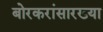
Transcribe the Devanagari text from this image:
बोरकरांसारख्या